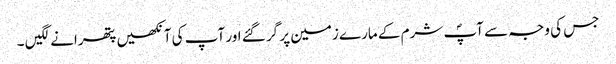
جس کی وجہ سے آپؐ شرم کے مارے زمین پر گر گئے اور آپ کی آنکھیں پتھرانے لگیں ۔